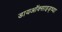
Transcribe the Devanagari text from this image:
डायऑक्साइड्च्या